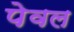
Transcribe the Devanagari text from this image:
पेवल